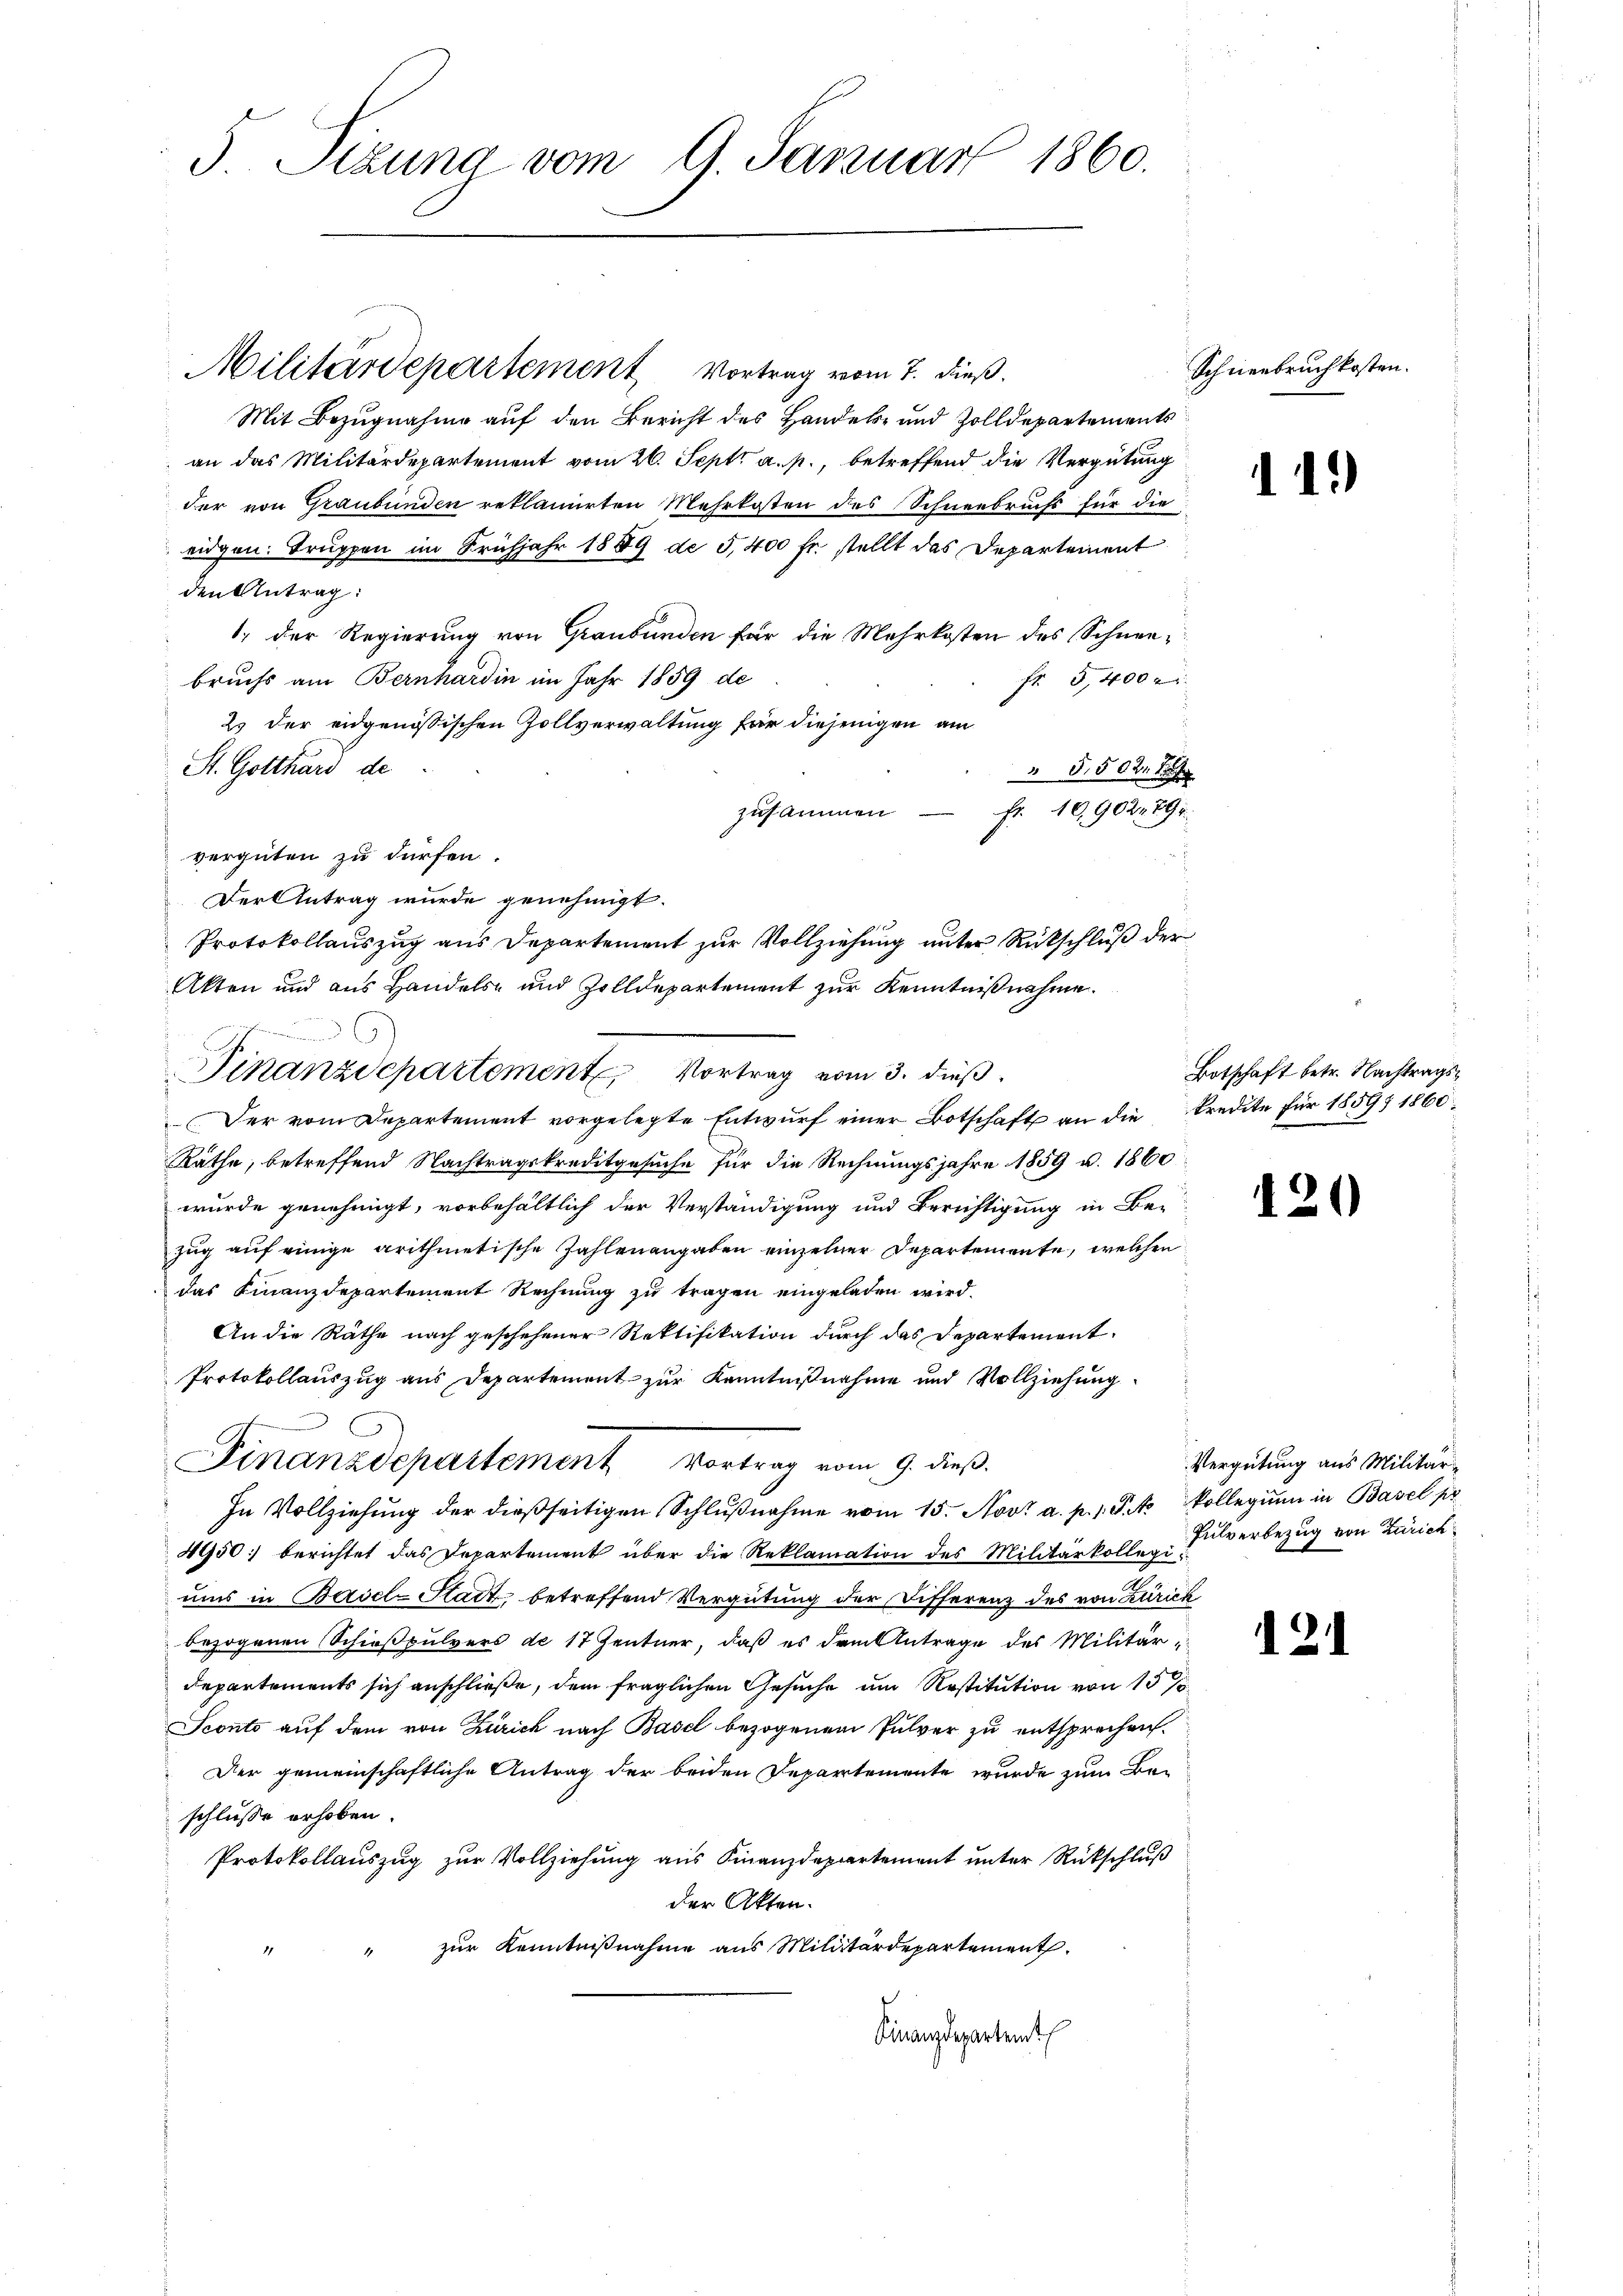
3. Stzung vom 9. Januar 1860.

Militärdepartement Vortrag vom 7. dieß.
Mit Bezugnahme auf den Bericht des Handels- und Zolldepartements
an das Militärdepartement vom 26. Sept. a. p., betreffend die Vergütung
der von Graubünden reklamirten Mehrkosten des Schneebruchs für die
eidgen. Truppen im Frühjahr 1889 de 5,400 fr. stellt das Departement
den Antrag:
1., der Regierung von Graubünden für die Mehrkosten des Schneebruchs am Bernhardin im Jahr 1859 de
fr 5,400
2. der eidgenössischen Zollverwaltung für diejenigen am
St. Gotthard de
 5,5021. S
Fr. 10,9022 894.
zusammen
vergüten zu dürfen.
Der Antrag wurde genehmigt.
Protokollauszug aus Departement zur Vollziehung unter Rückschluß der
Akten und aus Handels- und Zolldepartement zur Kenntnißnahme.
Der vom Departement vorgelegte Entwurf einer Botschaft an die Kredite für 1859 1860
Räthe, betreffend Nachtragskreditgesuche für die Rechnungsjahre 1859 u. 1860
wurde genehmigt, vorbehältlich der Verständigung und Berichtigung in Be-
zug auf einige arithmetische Zahlenangaben einzelner Departemente, welchen
das Finanzdepartement Rechnung zu tragen eingeladen wird.
An die Räthe nach geschehener Rektifikation durch das Departement
Protokollauszug aus Departement zur Kenntnißnahme und Vollziehung
Finanzdepartement vortrag vom 9. dieß.
In Vollziehung der dießseitigen Schlußnahme vom 15. Nov. a. p. 1. P. Vollegium in Basel pr
4950: berichtet das Departement über die Reklamation des Militärkoller Pulverbezug von Zürich
ums in Basel-Stadt, betreffend Vergütung der Differenz des von Zürich
bezogenen Schießpulvers de 17 Zentner, daß es dem Antrage des Militärdepartements sich anschließe, dem fraglichen Gesuche um Restitution von 15 %
Sconto auf dem von Zürich nach Basel bezogenem Pulver zu entsprechen.
Der gemeinschaftliche Antrag der beiden Departemente wurde zum Be-
schlüsse erhoben.
Protokollauszug zur Vollziehung aus Finanzdepartement unter Rückschluß
der Akten.
zur Kenntnißnahme aus Militärdepartement
Finanzdepartemt

nd
Finanzdepartement Vortrag vom 3. dieß.

Schneebruch kosten.

11.)

Botschaft betr. Nachtrags¬

120

Vergütung aus Militär¬

2